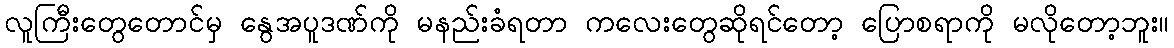
လူကြီးတွေတောင်မှ နွေအပူဒဏ်ကို မနည်းခံရတာ ကလေးတွေဆိုရင်တော့ ပြောစရာကို မလိုတော့ဘူး။